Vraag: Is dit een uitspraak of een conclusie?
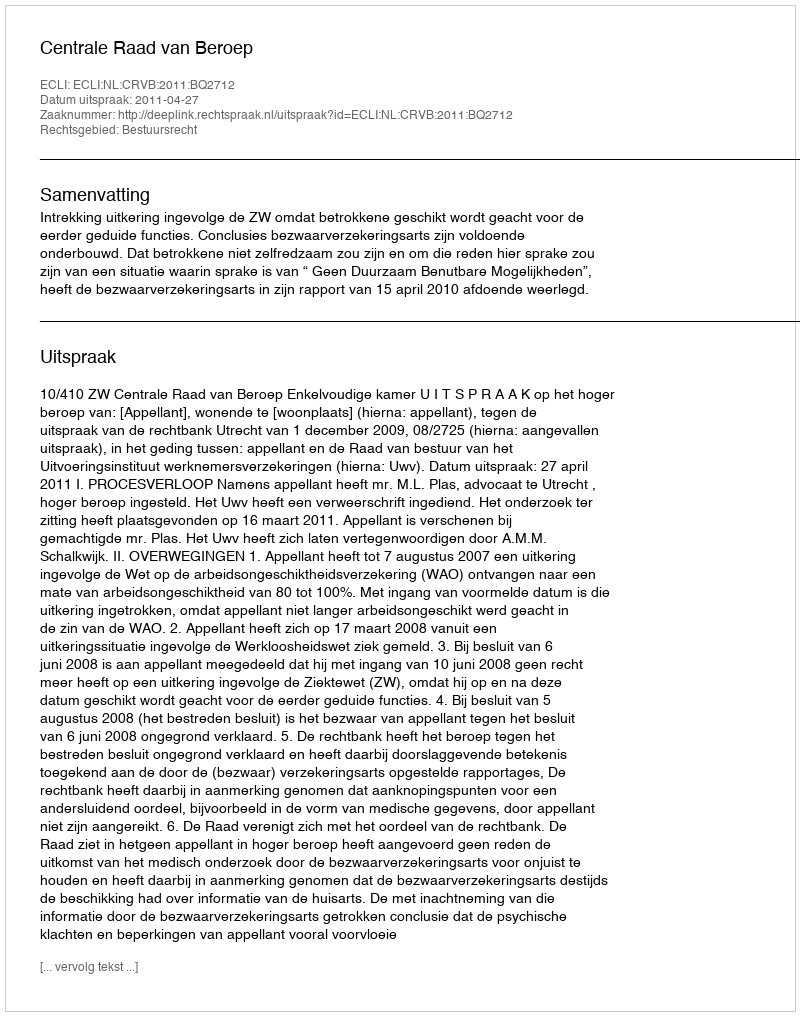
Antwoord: Uitspraak